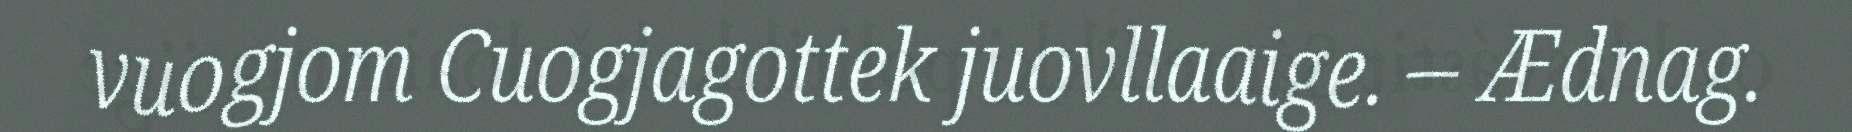
vuogjom Cuogjagottek juovllaaige. – Ædnag.